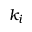
k _ { i }